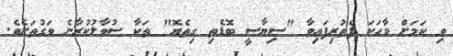
ވި ކަމަށް ވާހަކަ ފެތުރިފައިވާ "ސިޔާސީ ބޮޑެތި ގިތެޔޮ" ތަކާ ސުވާލުކުރާނެ ވަގުތަށެވެ.